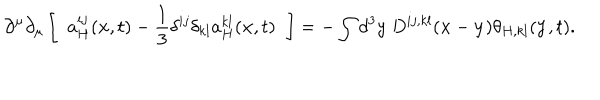
LaTeX: \partial ^ { \mu } \partial _ { \mu } \left[ \; \; a _ { H } ^ { i j } ( { \bf x } , t ) - \frac { 1 } { 3 } \delta ^ { i j } \delta _ { k l } a _ { H } ^ { k l } ( { \bf x } , t ) \; \; \right] = - \int d ^ { 3 } y \; D ^ { i j , k l } ( { \bf x } - { \bf y } ) \theta _ { H , k l } ( { \bf y } , t ) .